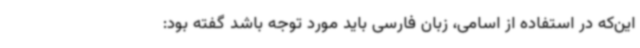
این‌که در استفاده از اسامی، زبان فارسی باید مورد توجه باشد گفته بود: